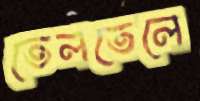
তেলতেলে